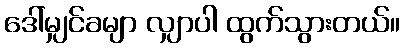
ဒေါ်မျှင်ခမျာ လျှာပါ ထွက်သွားတယ်။